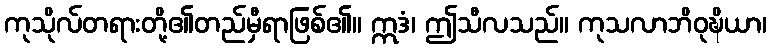
ကုသိုလ်တရားတို့၏တည်မှီရာဖြစ်၏။ ဣဒံ၊ ဤသီလသည်။ ကုသလာဘိဝုဍ္ဎိယာ၊